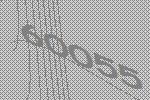
60055